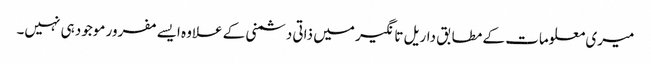
میری معلومات کے مطابق داریل تانگیر میں ذاتی دشمنی کے علاوہ ایسے مفرور موجود ہی نہیں۔